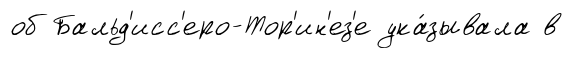
об Бальд'исс'еро-Тор'ин'ез'е ука́зывала в